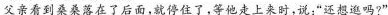
父亲看到桑桑落在了后面，就停住了，等他走上来时，说：”还想逛吗?”